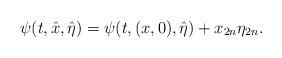
LaTeX: \begin{align*}\psi(t,\hat x,\hat\eta)=\psi(t,(x,0),\hat\eta)+x_{2n}\eta_{2n}.\end{align*}